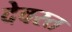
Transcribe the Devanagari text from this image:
देवरत